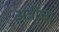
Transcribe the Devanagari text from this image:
अत्रींचा